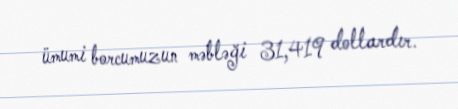
ümumi borcumuzun məbləği 31,419 dollardır.